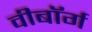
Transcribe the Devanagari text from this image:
वीबॉर्ग